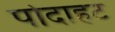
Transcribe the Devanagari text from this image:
पोदाहट